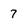
Character: 7